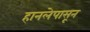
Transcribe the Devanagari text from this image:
हानलेपासून